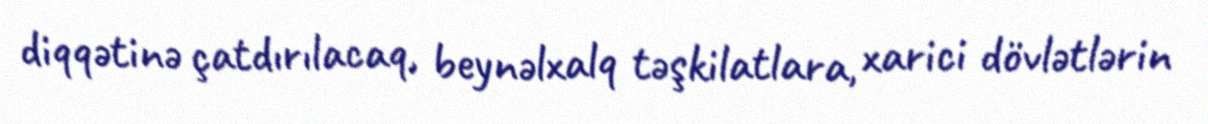
diqqətinə çatdırılacaq, beynəlxalq təşkilatlara, xarici dövlətlərin